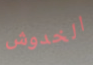
الخدوش